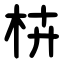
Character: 枿